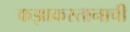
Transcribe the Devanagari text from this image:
कझाकस्तानाची